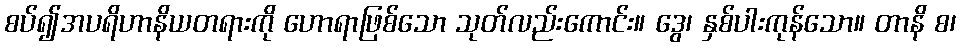
စပ်၍အပရိဟာနိယတရားကို ဟောရာဖြစ်သော သုတ်လည်းကောင်း။ ဒွေ၊ နှစ်ပါးကုန်သော။ တာနိ စ၊